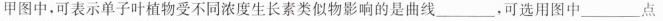
甲图中，可表示单子叶植物受不同浓度生长素类似物影响的是曲线___，可选用图中___点